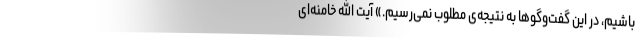
باشیم، در این گفت‌وگوها به نتیجه‌ی مطلوب نمی‌رسیم.» آیت الله خامنه‌ای